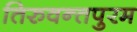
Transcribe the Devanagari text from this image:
तिरुवन्तपुरम